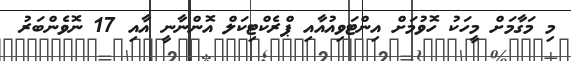
މި މަގާމަށް މީހަކު ހޮވުމަށް އިންޓަވިއުއާއި ޕްރެކްޓިކަލް އޮންނާނީ އާއި 17 ނޮވެންބަރު